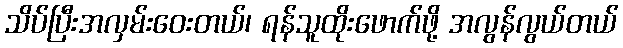
သိပ်ပြီးအလှမ်းဝေးတယ်၊ ရန်သူထိုးဖောက်ဖို့ အလွန်လွယ်တယ်